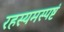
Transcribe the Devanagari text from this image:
रहस्यमस्पष्टं